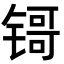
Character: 鿔